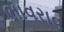
ભાવરાવ